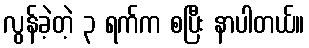
လွန်ခဲ့တဲ့ ၃ ရက်က စပြီး နာပါတယ်။